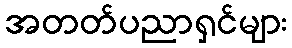
အတတ်ပညာရှင်များ